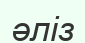
әліз